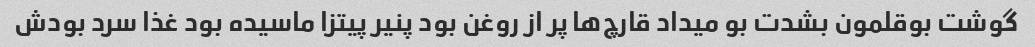
گوشت بوقلمون بشدت بو میداد قارچ‌ها پر از روغن بود پنیر پیتزا ماسیده بود غذا سرد بودش